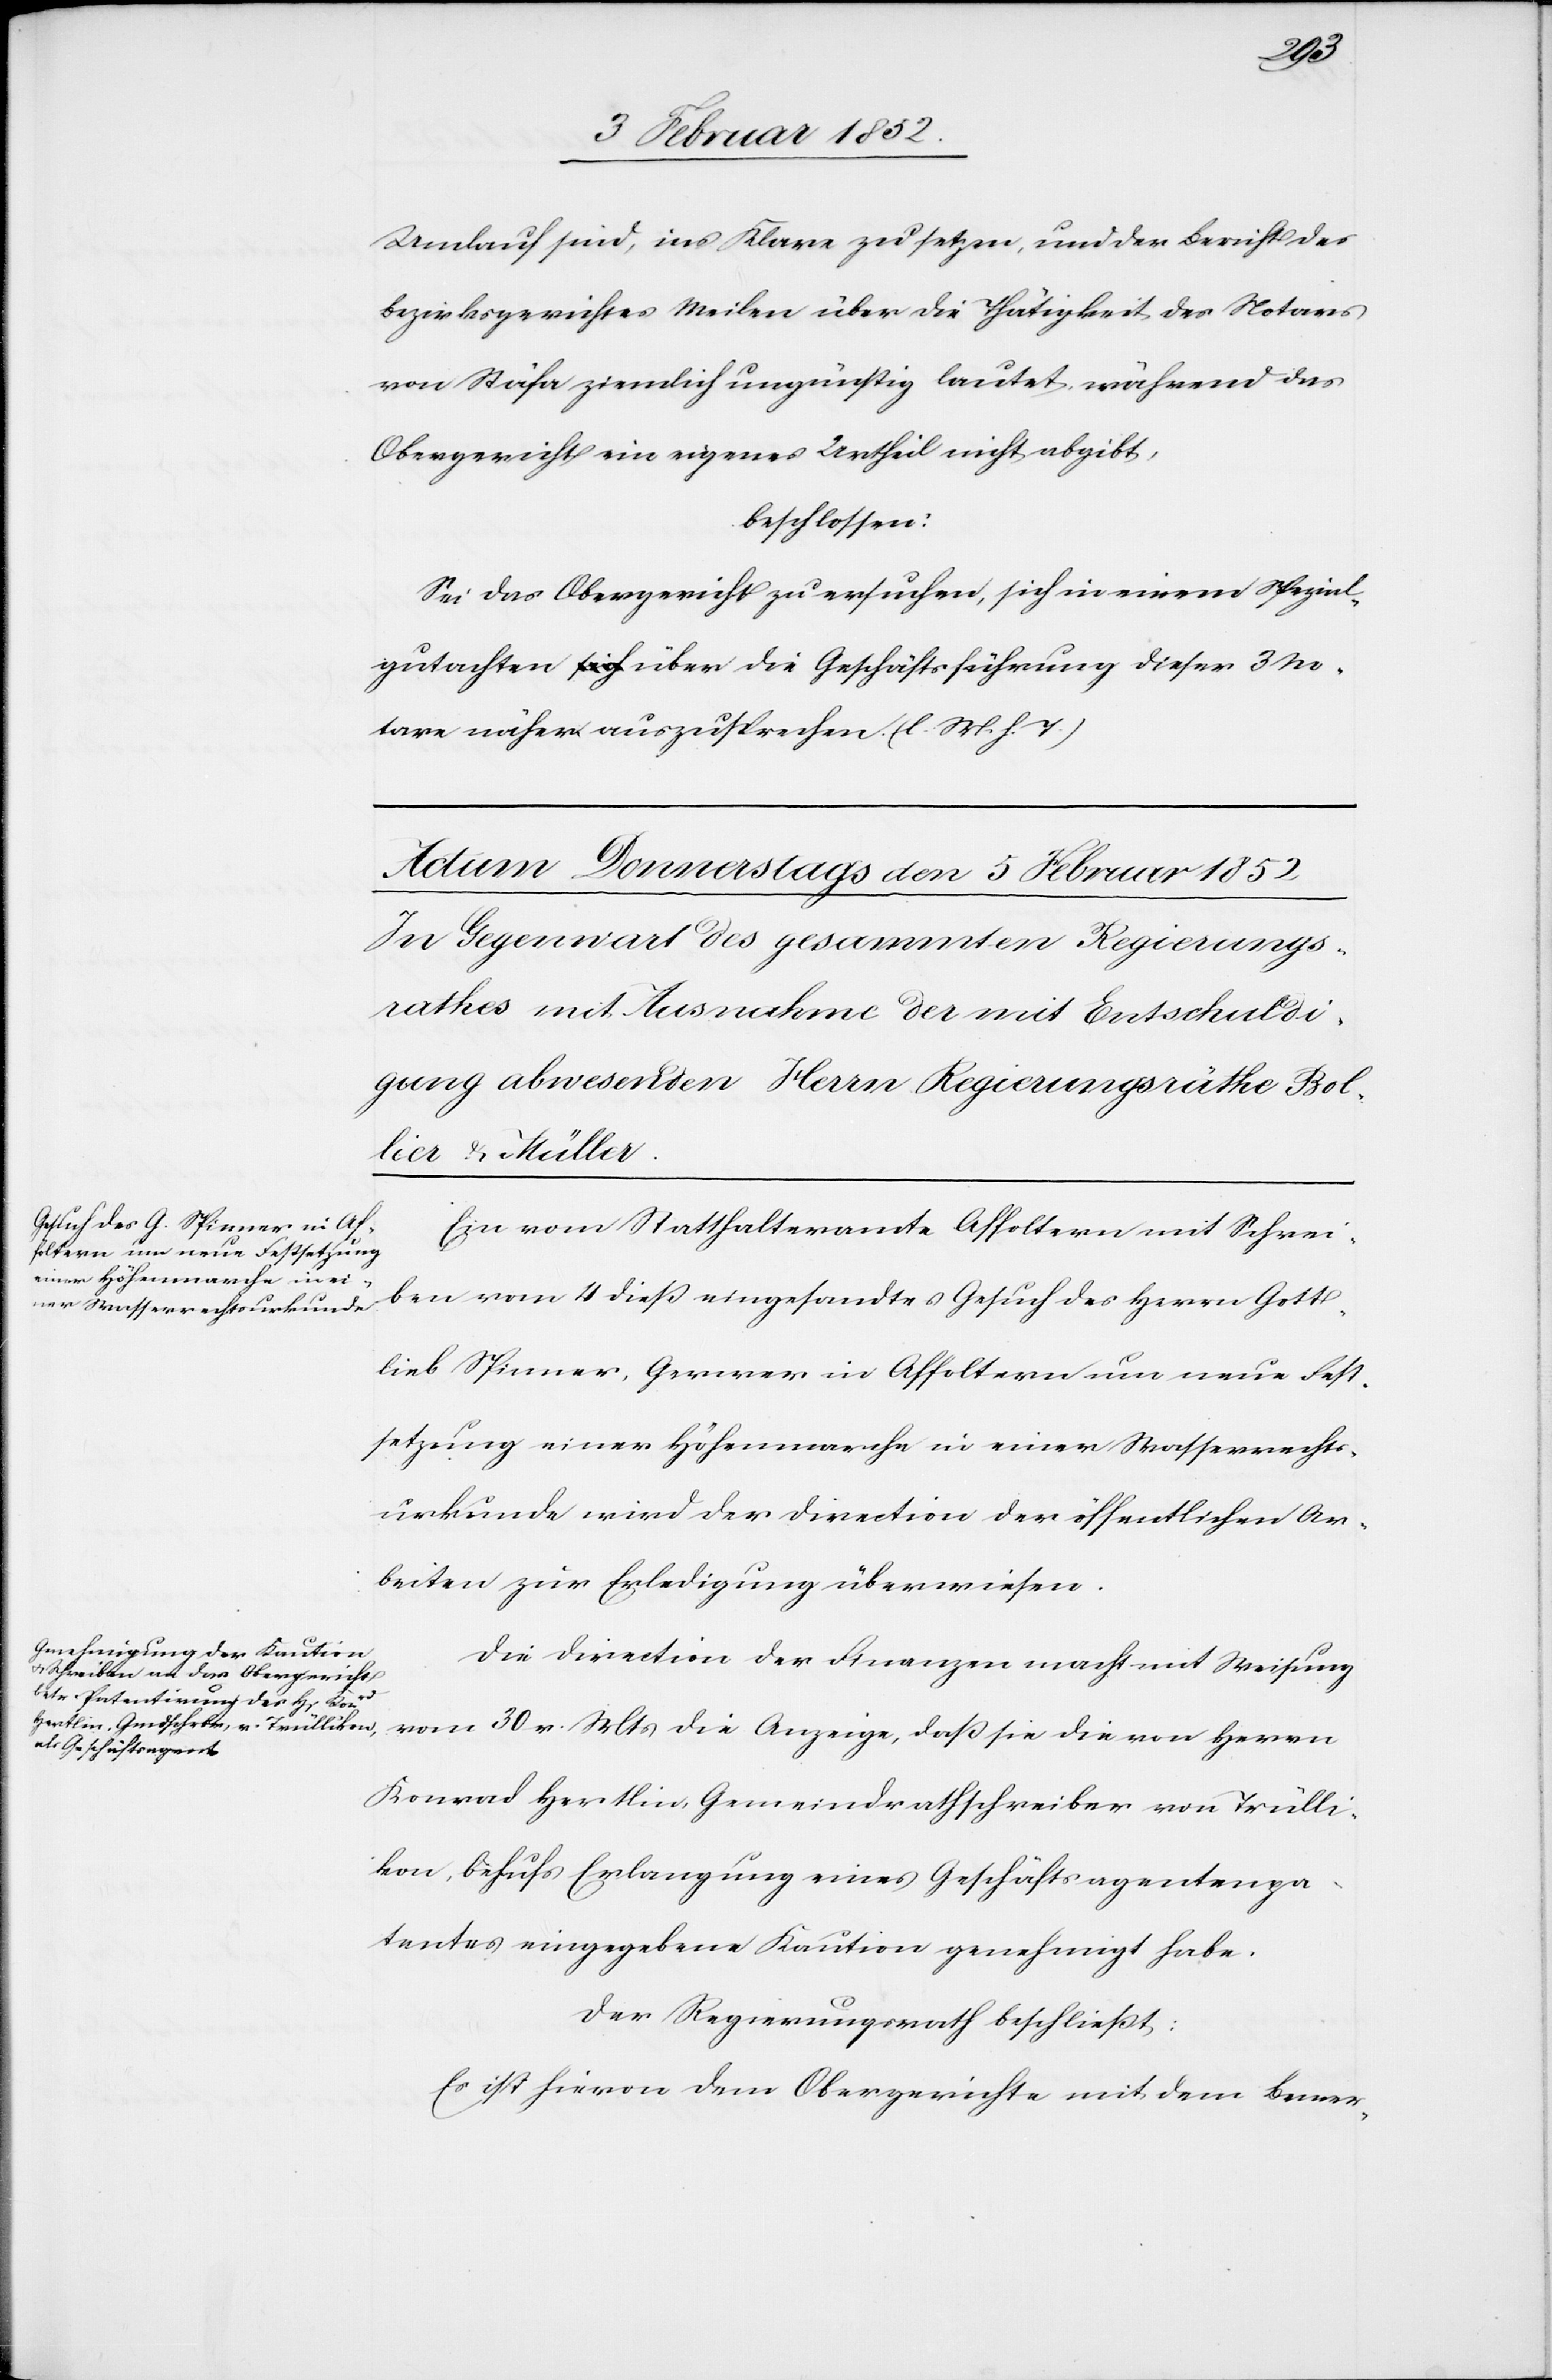
Umlauf sind, ins Klare zu setzen, und der Bericht des
Bezirksgerichtes Meilen über die Thätigkeit des Notars
von Stäfa ziemlich ungünstig lautet, während das
Obergericht ein eigenes Urtheil nicht abgibt,
beschlossen:
Sei das Obergericht zu ersuchen, sich in einem Spezial¬
gutachten über die Geschäftsführung dieser 3 No¬
tare näher auszusprechen (l. M. h. T.)
Ein vom Statthalteramte Affoltern mit Schrei¬
ben vom 4 dieß eingesandtes Gesuch des Herrn Gott¬
lieb Spinner, Gerwer in Affoltern um neue Fest¬
setzung einer Höhenmarche in einer Wasserrechts¬
urkunde wird der Direction der öffentlichen Ar¬
beiten zur Erledigung überwiesen.
Die Direction der Finanzen macht mit Weisung
vom 30 v. Mts die Anzeige, daß sie die von Herrn
Konrad Hertlin, Gemeindrathschreiber von Trülli¬
kon, behufs Erlangung eines Geschäftsagentenpa¬
tentes eingegebene Kaution genehmigt habe.
Der Regierungsrath beschließt:
Es ist hievon dem Obergerichte mit dem Bemer-